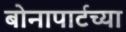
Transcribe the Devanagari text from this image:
बोनापार्टच्या